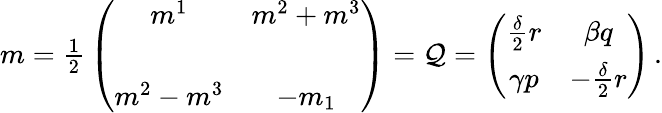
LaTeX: m={\textstyle\frac{1}{2}}\left(\begin{array}{cc}{{m^{1}}}&{{m^{2}+m^{3}}}\\ {{}}&{{}}\\ {{m^{2}-m^{3}}}&{{-m_{1}}}\end{array}\right)={\cal Q}=\left(\begin{array}{cc}{{\frac{\delta}{2}r}}&{{\beta q}}\\ {{\gamma p}}&{{-\frac{\delta}{2}r}}\end{array}\right)\, .